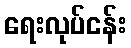
ရေးလုပ်ငန်း